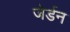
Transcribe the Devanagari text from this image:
जेर्डन